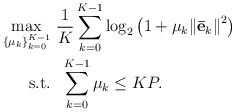
\begin{align*} \begin{aligned} \mathop {\max }\limits_{\{ {\mu}_k\} _{k = 0}^{K - 1} } & \ \frac{1}{{K}}\sum\limits_{k = 0}^{K - 1} {{{\log }_2}} \left( {1 + {\mu _k}{{\left\| {{{{\bf{\bar e}}}_k}} \right\|}^2}} \right)\\ {\rm{s.t.}} &\ \ \sum\limits_{k = 0}^{K - 1} {{\mu _k}} \le KP. \end{aligned} \end{align*}